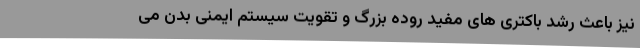
نیز باعث رشد باکتری های مفید روده بزرگ و تقویت سیستم ایمنی بدن می